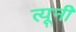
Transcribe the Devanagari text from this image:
त्‍यूनी